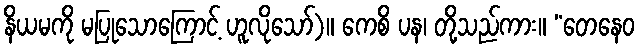
နိယမကို မပြုသောကြောင့် ဟူလိုသော်)။ ကေစိ ပန၊ တို့သည်ကား။ “တေနေဝ